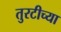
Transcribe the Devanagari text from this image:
तुरटीच्या